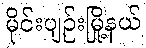
မိုင်းပျဉ်းမြို့နယ်